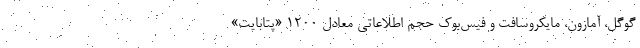
گوگل، آمازون، مایکروسافت و فیس‌بوک حجم اطلاعاتی معادل 1200 «پتابایت»